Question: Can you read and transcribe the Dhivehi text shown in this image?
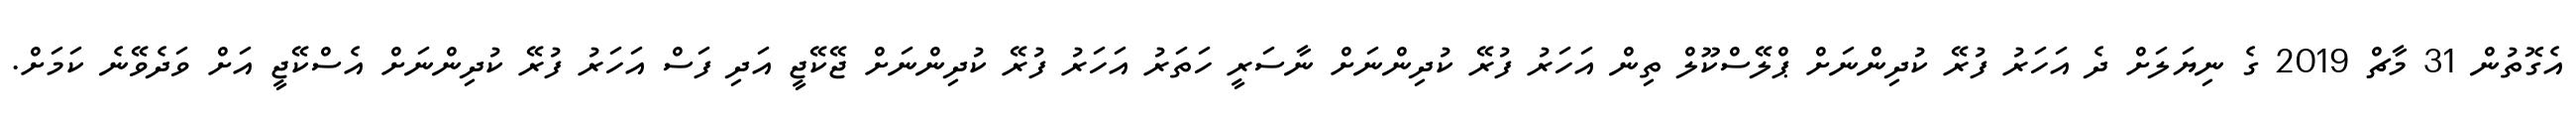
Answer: އެގޮތުން 31 މާޗް 2019 ގެ ނިޔަލަށް ދެ އަހަރު ފުރޭ ކުދިންނަށް ޕްލޭސްކޫލް ތިން އަހަރު ފުރޭ ކުދިންނަށް ނާސަރީ ހަތަރު އަހަރު ފުރޭ ކުދިންނަށް ޖޭކޭޖީ އަދި ފަސް އަހަރު ފުރޭ ކުދިންނަށް އެސްކޭޖީ އަށް ވަދެވޭނެ ކަމަށް.